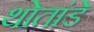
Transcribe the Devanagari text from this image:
थोतांडे